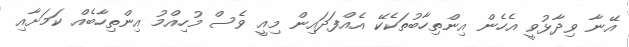
އޭނާ ވިދާޅުވީ އެހެން އިންތިހާބުތަކެކޭ އެއްފަދައިން މިއީ ވެސް މުހިއްމު އިންތިހާބެއް ކަމަށާއި